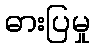
ဓားပြမှု